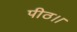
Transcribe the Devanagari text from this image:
पीठ।।